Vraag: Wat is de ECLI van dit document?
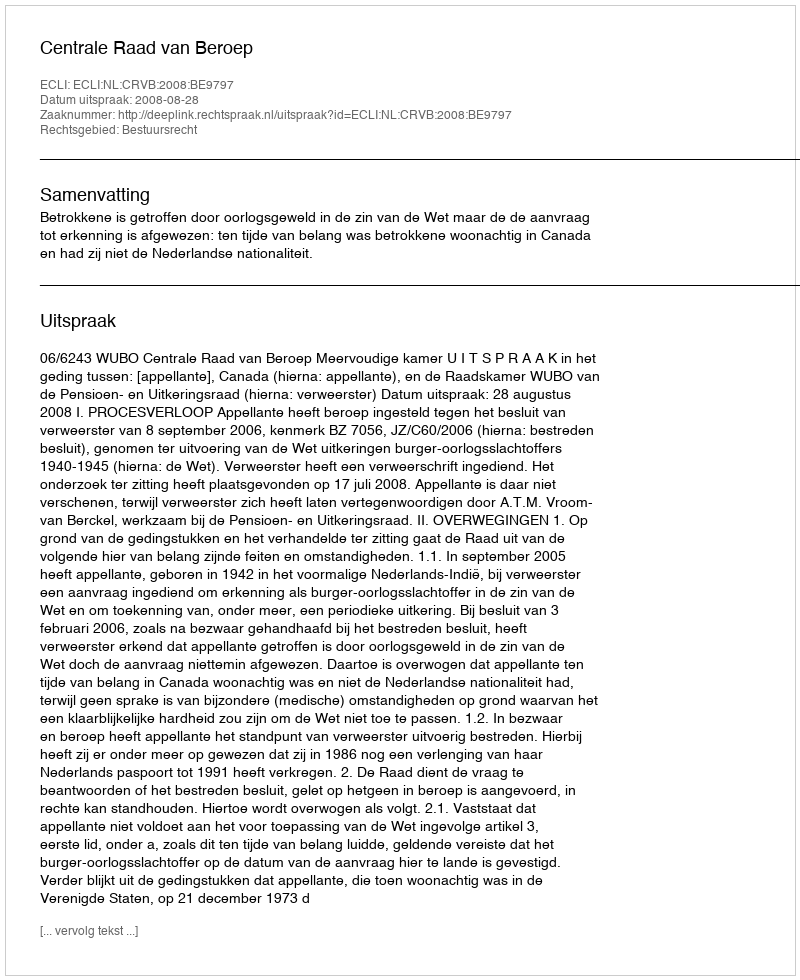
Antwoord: ECLI:NL:CRVB:2008:BE9797